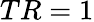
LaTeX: TR=1